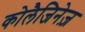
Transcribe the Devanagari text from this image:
कोलैजिनेज़